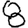
Digit: 8